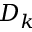
D _ { k }